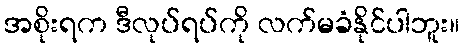
အစိုးရက ဒီလုပ်ရပ်ကို လက်မခံနိုင်ပါဘူး။